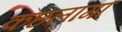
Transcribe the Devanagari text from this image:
कछलागा